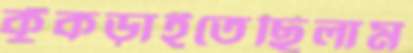
কুঁকড়াইতেছিলাম